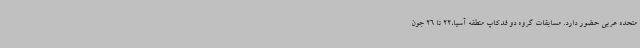
متحده عربی حضور دارد. مسابقات گروه دو فدکاپ منطقه آسیا،22 تا 26 جون